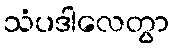
သံပဒါလေတွာ